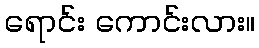
ရောင်း ကောင်းလား။